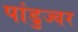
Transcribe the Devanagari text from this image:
पांडुज्वर